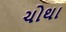
ચોથા